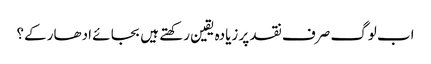
اب لوگ صرف نقد پر زیادہ یقین رکھتے ہیں بجا ئے ادھار کے؟